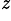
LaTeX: ^{\mathit{z}}